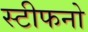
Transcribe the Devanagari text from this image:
स्टीफनो